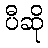
ပီဆို